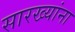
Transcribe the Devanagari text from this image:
सारख्यांना